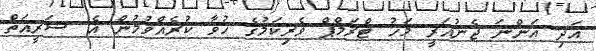
އަދި އަންނަ ޖެނުއަރީ މަހު ޓްރަމްޕް ވެރިކަމުގެ ހުވާ ކުރެއްވުމުން އެ ޝަރީއަތް